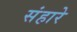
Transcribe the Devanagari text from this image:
संहारे